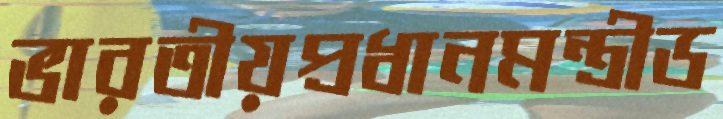
ভারতীয়প্রধানমন্ত্রীড